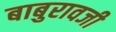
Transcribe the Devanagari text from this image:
बाबुरावजी